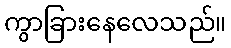
ကွာခြားနေလေသည်။